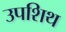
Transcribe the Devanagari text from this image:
उपशिथ